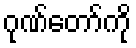
ဂုဏ်တော်ကို